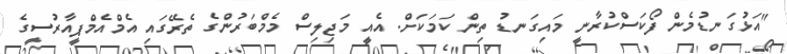
"އަޅުގަނޑުމެން ފޯކަސްކުރާނީ މައިގަނޑު ތިން ކަމަކަށް. އެއީ މަޖިލިސް މެމްބަރުންގެ ތެރޭގައި އެމްއެމްޕީއާރުސީގެ